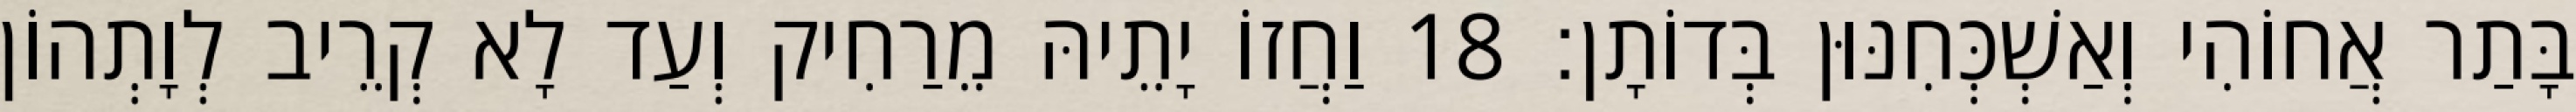
בָּתַר אֲחוֹהִי וְאַשְׁכְּחִנּוּן בְּדוֹתָן׃ 18 וַחֲזוֹ יָתֵיהּ מֵרַחִיק וְעַד לָא קְרֵיב לְוָתְהוֹן